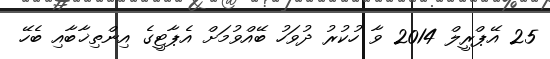
25 އޭޕްރީލް 2014 ވާ ހުކުރު ދުވަހު ބޭއްވުމަށް އެޕާޓީގެ އިންތިޚާބާއި ބެހޭ